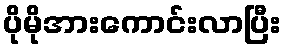
ပိုမိုအားကောင်းလာပြီး